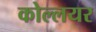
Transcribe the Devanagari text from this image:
कोल्लयर